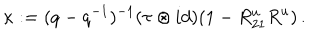
LaTeX: \kappa : = ( q - q ^ { - 1 } ) ^ { - 1 } ( \tau \otimes i d ) ( 1 - R _ { 2 1 } ^ { u } R ^ { u } ) \, .